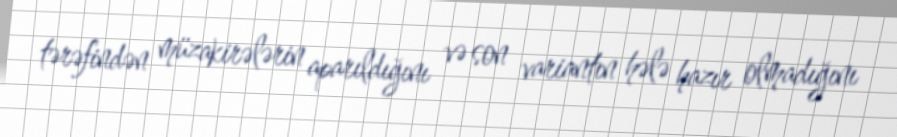
tərəfindən müzakirələrin aparıldığını və son variantın hələ hazır olmadığını